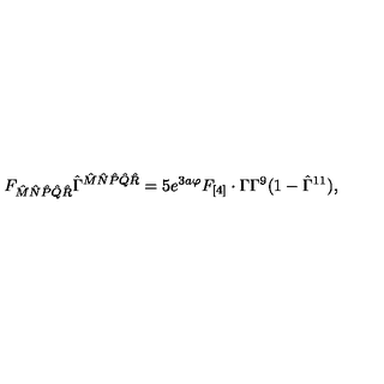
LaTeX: F _ { { \hat { M } } { \hat { N } } { \hat { P } } { \hat { Q } } { \hat { R } } } { \hat { \Gamma } } ^ { { \hat { M } } { \hat { N } } { \hat { P } } { \hat { Q } } { \hat { R } } } = 5 e ^ { 3 a \varphi } F _ { [ 4 ] } \cdot \Gamma \Gamma ^ { 9 } ( 1 - \hat { \Gamma } ^ { 1 1 } ) ,